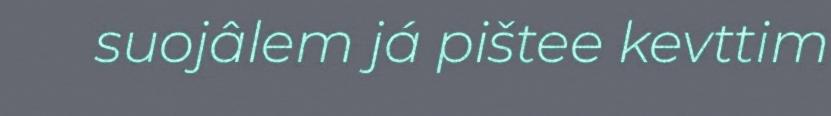
suojâlem já pištee kevttim